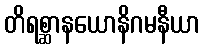
တိရစ္ဆာနယောနိဂမနီယာ